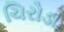
ચિરોડા